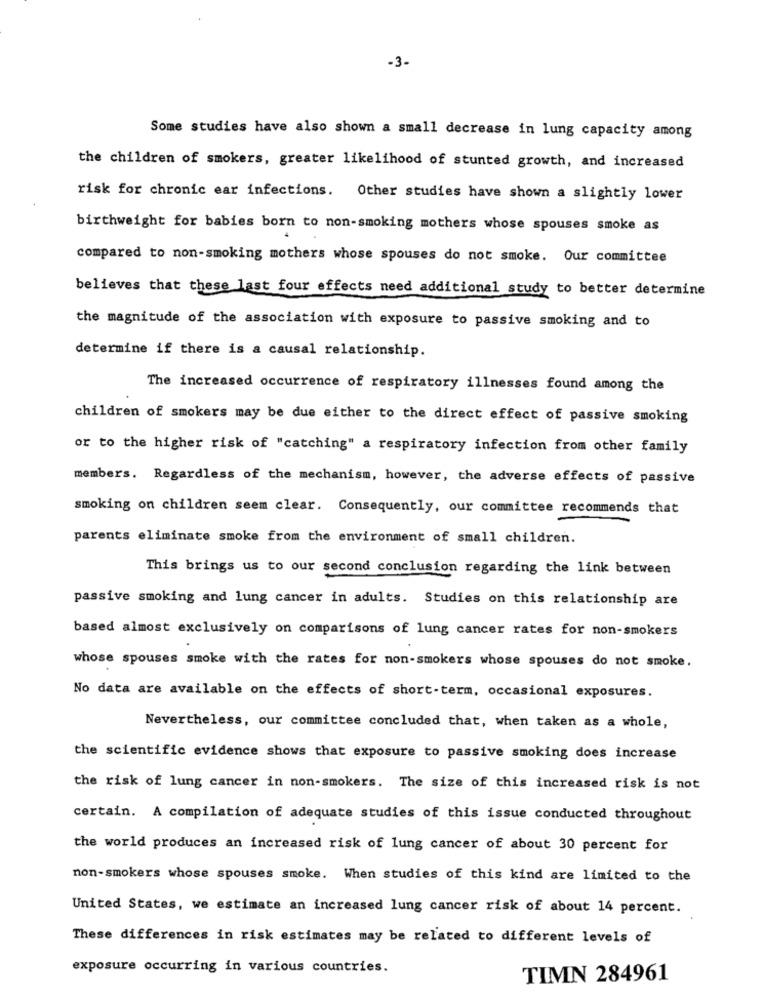
-3-
Some studies have also shown a small decrease in lung capacity among
the children of smokers, greater likelihood of stunted growth, and increased
risk for chronic ear infections. Other studies have shown a slightly lower
birthweight for babies born to non-smoking mothers whose spouses smoke as
compared to non-smoking mothers whose spouses do not smoke. Our committee
believes that these last four effects need additional study to better determine
the magnitude of the association with exposure to passive smoking and to
determine if there is a causal relationship.
The increased occurrence of respiratory illnesses found among the
children of smokers may be due either to the direct effect of passive smoking
or to the higher risk of "catching" a respiratory infection from other family
members. Regardless of the mechanism, however, the adverse effects of passive
smoking on children seem clear. Consequently, our committee recommends that
parents eliminate smoke from the environment of small children.
This brings us to our second conclusion regarding the link between
passive smoking and lung cancer in adults. Studies on this relationship are
based almost exclusively on comparisons of lung cancer rates for non-smokers
whose spouses smoke with the rates for non-smokers whose spouses do not smoke.
No data are available on the effects of short-term, occasional exposures.
Nevertheless, our committee concluded that, when taken as a whole,
the scientific evidence shows that exposure to passive smoking does increase
the risk of lung cancer in non-smokers. The size of this increased risk is not
certain. A compilation of adequate studies of this issue conducted throughout
the world produces an increased risk of lung cancer of about 30 percent for
non-smokers whose spouses smoke. When studies of this kind are limited to the
United States, we estimate an increased lung cancer risk of about 14 percent.
These differences in risk estimates may be related to different levels of
exposure occurring in various countries.
TIMN 284961